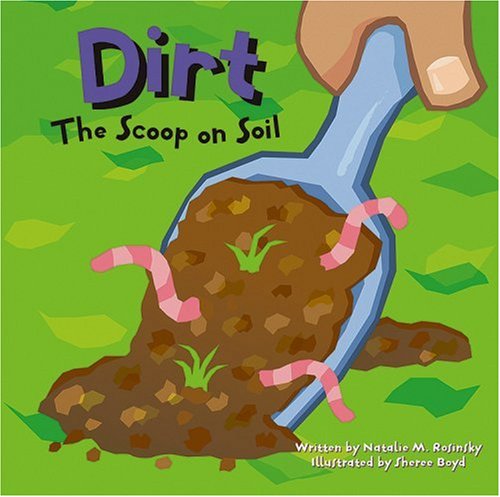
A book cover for Dirt: The Scoop on Soil (Amazing Science); Natalie M. Rosinsky; Children's Books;